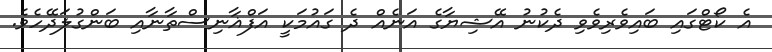
އެ ކޯޓްގައި ބައިވެރިވެވި ދެކުނު އޭޝިޔާގެ އަނެއް ދެ ގައުމަކީ އަފްޣާނިސްތާނާއި ބަންގުލަދޭހެވެ.